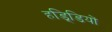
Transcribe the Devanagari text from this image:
हडि्डियों